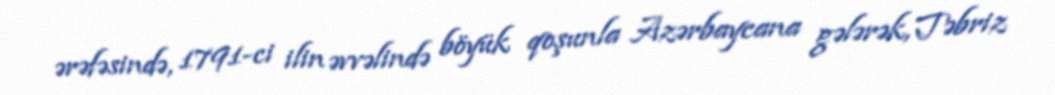
ərəfəsində, 1791-ci ilin əvvəlində böyük qoşunla Azərbaycana gələrək, Təbriz